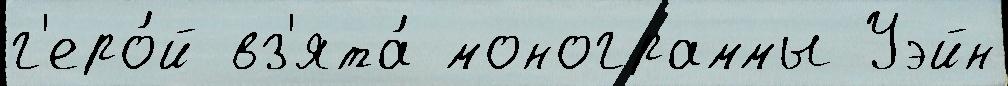
г'еро́й вз'ята́ монограммы Уэйн